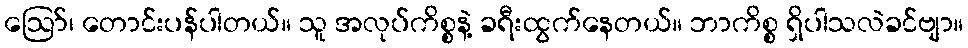
ဪ၊ တောင်းပန်ပါတယ်။ သူ အလုပ်ကိစ္စနဲ့ ခရီးထွက်နေတယ်။ ဘာကိစ္စ ရှိပါသလဲခင်ဗျာ။